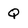
Character: Q